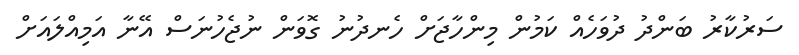
ސަރުކާރު ބަންދު ދުވަހެއް ކަމުން މިންހާޖަށް ހެނދުނު ގޮވަން ނުޖެހުނަސް އޭނާ އަމިއްލައަށް